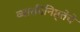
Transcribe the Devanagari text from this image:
व्याक्तीनिष्ठ्तेचे